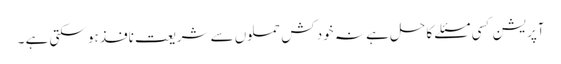
آپریشن کسی مسئلے کا حل ہے نہ خود کش حملوں سے شریعت نافذ ہو سکتی ہے ۔